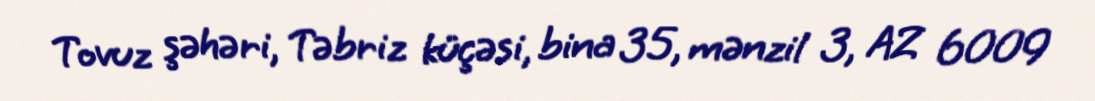
Tovuz şəhəri, Təbriz küçəsi, bina 35, mənzil 3, AZ 6009